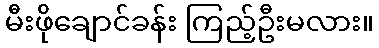
မီးဖိုချောင်ခန်း ကြည့်ဦးမလား။